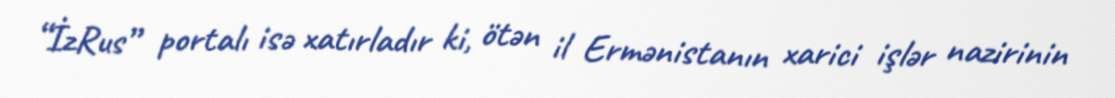
“İzRus” portalı isə xatırladır ki, ötən il Ermənistanın xarici işlər nazirinin